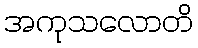
အကုသလောတိ